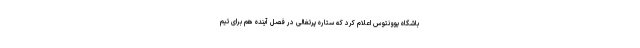
باشگاه یوونتوس اعلام کرد که ستاره پرتغالی در فصل آینده هم برای تیم